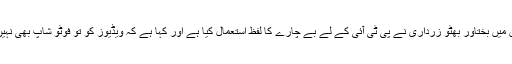
اپنے ایک بیان میں بختاور بھٹو زرداری نے پی ٹی آئی کے لے بے چارے کا لفظ استعمال کیا ہے اور کہا ہے کہ ویڈیوز کو تو فوٹو شاپ بھی نہیں کیا جا سکتا۔